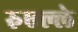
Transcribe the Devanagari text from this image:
रुएल्ले